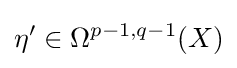
\eta '\in \Omega ^{p-1,q-1}(X)